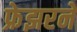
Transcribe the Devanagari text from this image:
फ्रेझरने